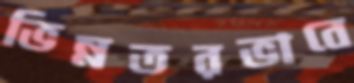
ভিন্নতরভাবে